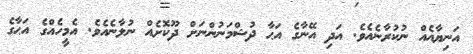
އަނިޔާއެއް ނުކުރާނެއެވެ. އަދި އޭނާގެ އަޙާ ދުޝްމަނުންނަށް ދޫކޮށެއް ނުލާނެއެވެ. އެމީހެއްގެ އަޙާގެ